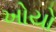
ખોયો